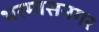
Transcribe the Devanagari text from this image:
भरमासनगर